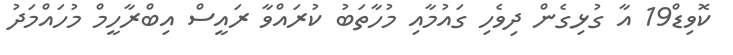
ކޮވިޑް19 އާ ގުޅިގެން ދިވެހި ގައުމާއި މުހާތަބު ކުރައްވާ ރައީސް އިބްރާހީމް މުހައްމަދު